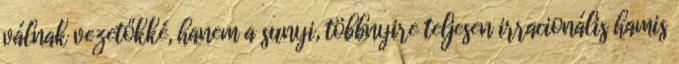
válnak vezetőkké, hanem a sunyi, több­nyire teljesen irracionális hamis